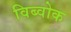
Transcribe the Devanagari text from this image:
विब्वोक